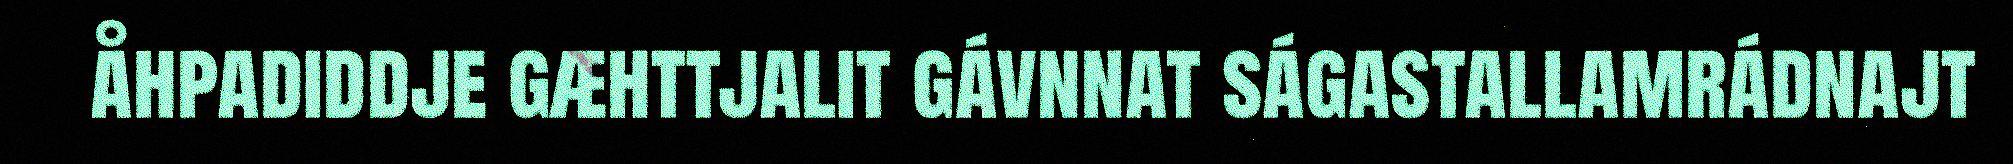
åhpadiddje gæhttjalit gávnnat ságastallamrádnajt